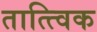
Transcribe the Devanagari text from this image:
तात्‍त्‍विक